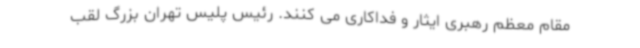
مقام معظم رهبری ایثار و فداکاری می کنند. رئیس پلیس تهران بزرگ لقب